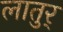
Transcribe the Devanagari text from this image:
लातुर्